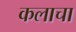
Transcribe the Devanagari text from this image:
कलाचा